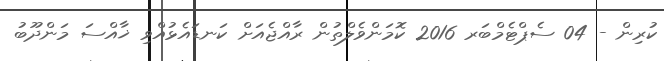
ކުރިން - 04 ސެޕްޓެމްބަރ 2016 ކޮމަންވެލްތުން ރާއްޖެއަށް ކަނޑައެޅުއްވި ޚާއްސަ މަންދޫބު